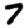
Digit: 7